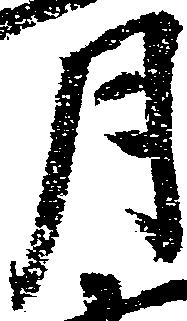
月